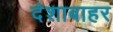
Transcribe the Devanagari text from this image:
देशाबाहर